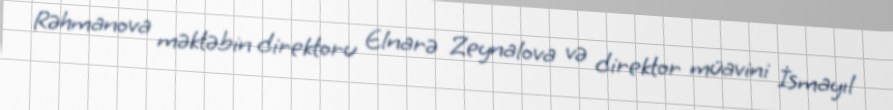
Rəhmanova məktəbin direktoru Elnarə Zeynalova və direktor müavini İsmayıl